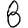
Digit: 8